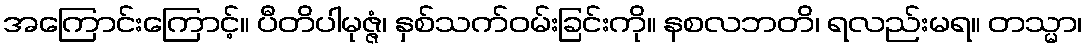
အကြောင်းကြောင့်။ ပီတိပါမုဇ္ဇံ၊ နှစ်သက်ဝမ်းခြင်းကို။ နစလဘတိ၊ ရလည်းမရ။ တသ္မာ၊